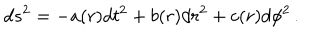
d s ^ { 2 } = - a ( r ) d t ^ { 2 } + b ( r ) d r ^ { 2 } + c ( r ) d \phi ^ { 2 } \, .